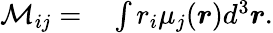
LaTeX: \begin{array}{rl}{\mathcal{M}_{ij}=}&{{}\int r_{i}\mu_{j}(\boldsymbol{r})d^{3}\boldsymbol{r}.}\end{array}